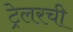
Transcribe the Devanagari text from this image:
ट्रेलरची